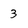
Character: 3